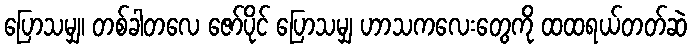
ပြောသမျှ၊ တစ်ခါတလေ ဇော်ပိုင် ပြောသမျှ ဟာသကလေးတွေကို ထထရယ်တတ်ဆဲ